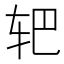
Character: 𰹻